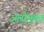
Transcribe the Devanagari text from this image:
आरीयुक्त